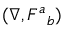
( \nabla , F ^ { a } { } _ { b } )